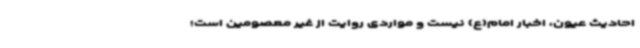
احادیث عیون، اخبار امام(ع) نیست و مواردی روایت از غیر معصومین است؛